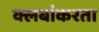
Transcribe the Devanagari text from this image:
क्लबांकरता